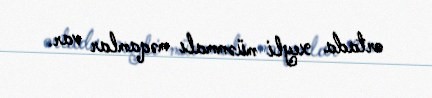
ortada xeyli müəmmalı məqamlar var.